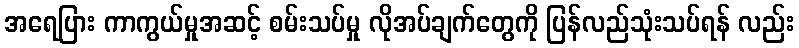
အရေပြား ကာကွယ်မှုအဆင့် စမ်းသပ်မှု လိုအပ်ချက်တွေကို ပြန်လည်သုံးသပ်ရန် လည်း